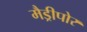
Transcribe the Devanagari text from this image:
मैड्रीपोर